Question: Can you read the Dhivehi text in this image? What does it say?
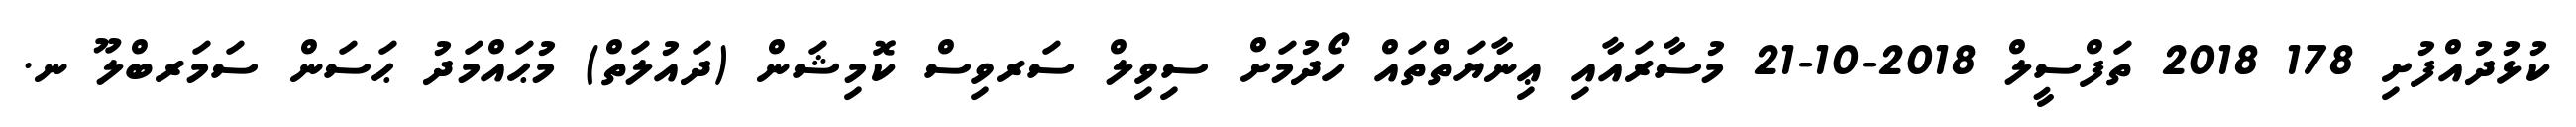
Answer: ކުޅުދުއްފުށި 178 2018 ތަފްސީލް 2018-10-21 މުސާރައާއި ޢިނާޔަތްތައް ހޯދުމަށް ސިވިލް ސަރވިސް ކޮމިޝަން (ދައުލަތް) މުޙައްމަދު ޙަސަން ސަމަރބްލޫ ނ.